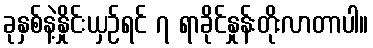
ခုနှစ်နဲ့နှိုင်းယှဉ်ရင် ၇ ရာခိုင်နှုန်းတိုးလာတာပါ။